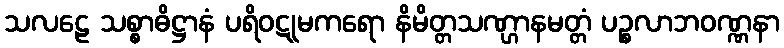
သလဠေ သစ္စာဓိဋ္ဌာနံ ပရိဝဋုမကရော နိမိတ္တသဏ္ဌာနမတ္တံ ပဉ္စလာဘဝဏ္ဏနာ